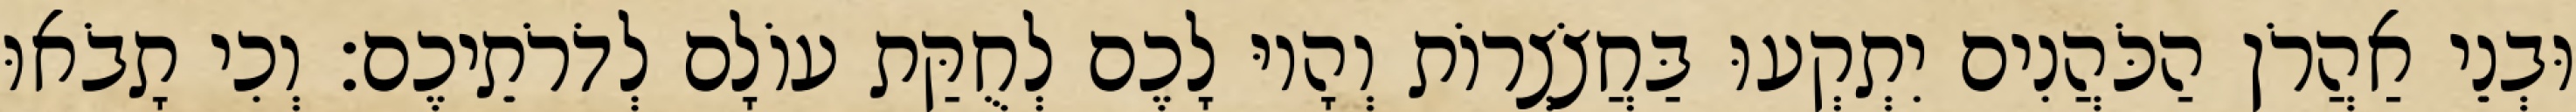
וּבְנֵי אַהֲרֹן הַכֹּהֲנִים יִתְקְעוּ בַּחֲצֹצְרוֹת וְהָיוּ לָכֶם לְחֻקַּת עוֹלָם לְדֹרֹתֵיכֶם׃ וְכִי תָבֹאוּ